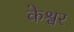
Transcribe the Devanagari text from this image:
केश्वर